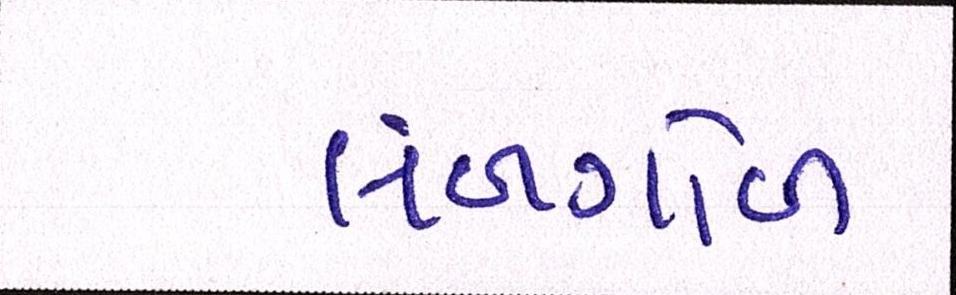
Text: લંબગોળ